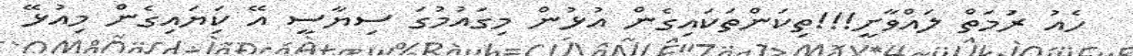
ހެއު ރަުމަތް ލައްވާށީ!!!ތިކަންތަކައިގެން އުޅުން މިގައުމުގަ ސިޔާސީ އޭ ކިަޔައިގެން މިއުޅޭ